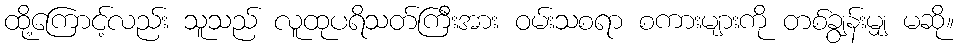
ထို့ကြောင့်လည်း သူသည် လူထုပရိသတ်ကြီးအား ဝမ်းသစရာ စကားများကို တစ်ချွန်းမျှ မဆို။